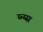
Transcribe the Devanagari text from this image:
य्न्य्स